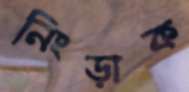
নিংড়াক